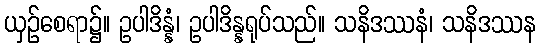
ယှဉ်စေရာ၌။ ဥပါဒိန္နံ၊ ဥပါဒိန္နရုပ်သည်။ သနိဒဿနံ၊ သနိဒဿန